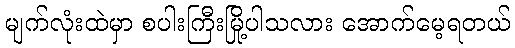
မျက်လုံးထဲမှာ စပါးကြီးမြို့ပါသလား အောက်မေ့ရတယ်